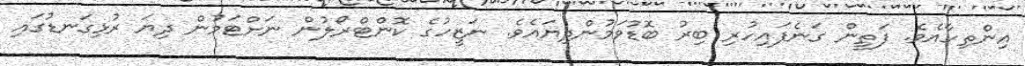
އިންތިހާއެވެ. ފަތީން ގަނެފައިހުރި ބިރު ބޮޑުވަމުންދިޔައެވެ. ނަޒީހުގެ ކޮންޓްރޯލުން ނަށްޓަމުން ދިޔަ ރުޅިގަނޑުގައި